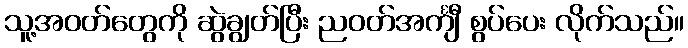
သူ့အဝတ်တွေကို ဆွဲချွတ်ပြီး ညဝတ်အင်္ကျီ စွပ်ပေး လိုက်သည်။